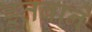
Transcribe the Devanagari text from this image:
इतबाने